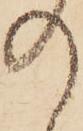
の